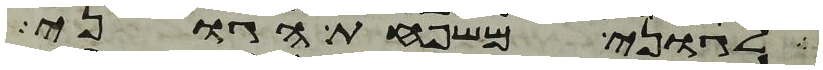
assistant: לגוני משפחת הגוני